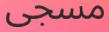
مسجى